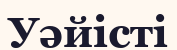
Уәйісті